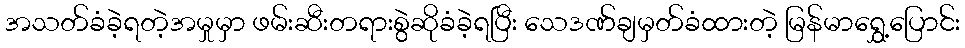
အသတ်ခံခဲ့ရတဲ့အမှုမှာ ဖမ်းဆီးတရားစွဲဆိုခံခဲ့ရပြီး သေဒဏ်ချမှတ်ခံထားတဲ့ မြန်မာရွှေ့ပြောင်း